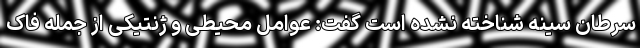
سرطان سینه شناخته نشده است گفت:‌ عوامل محیطی و ژنتیکی از جمله فاک